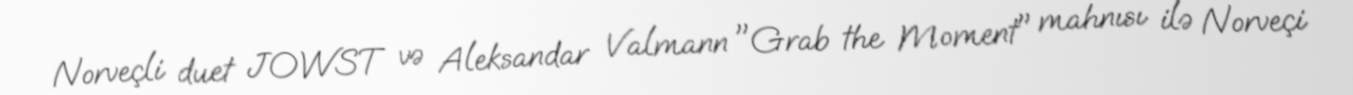
Norveçli duet JOWST və Aleksandar Valmann "Grab the Moment" mahnısı ilə Norveçi